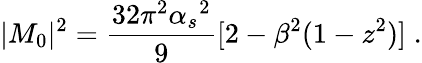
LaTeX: |M_{0}|^{2}=\frac{32\pi^{2}{\alpha_{s}}^{2}}{9}[2-\beta^{2}(1-z^{2})]\; .